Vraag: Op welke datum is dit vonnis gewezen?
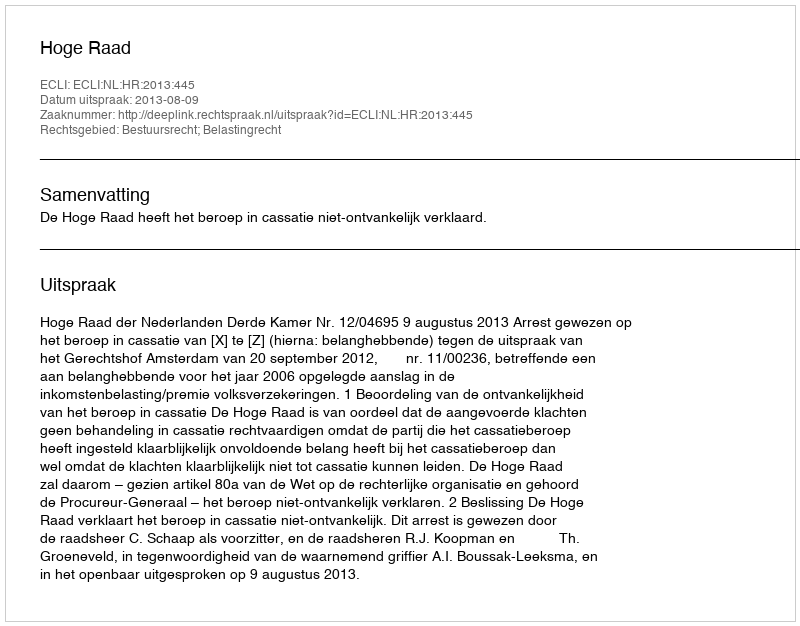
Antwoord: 2013-08-09